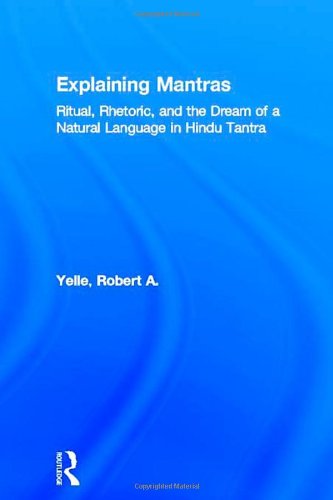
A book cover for Explaining Mantras: Ritual, Rhetoric, and the Dream of a Natural Language in Hindu Tantra (Religion in History, Society and Culture); Robert A. Yelle; Religion & Spirituality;